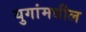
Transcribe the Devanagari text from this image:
युगांमधील